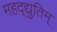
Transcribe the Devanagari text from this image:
महद्‌द्युतिम्